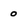
Character: 0